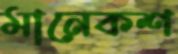
মানেকশ